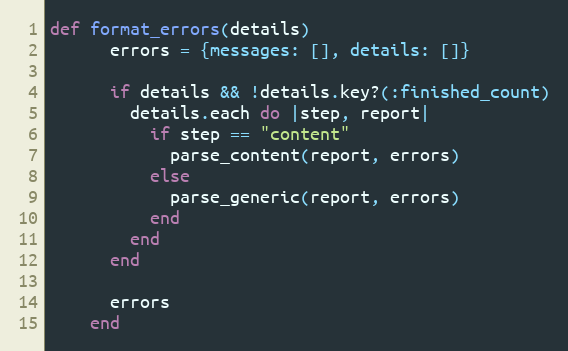
Language: Ruby
def format_errors(details)
      errors = {messages: [], details: []}

      if details && !details.key?(:finished_count)
        details.each do |step, report|
          if step == "content"
            parse_content(report, errors)
          else
            parse_generic(report, errors)
          end
        end
      end

      errors
    end